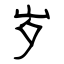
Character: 岁